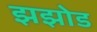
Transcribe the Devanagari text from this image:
झझोड